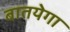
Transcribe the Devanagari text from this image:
बातयेगा